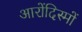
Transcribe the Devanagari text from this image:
आरोंदिस्मों